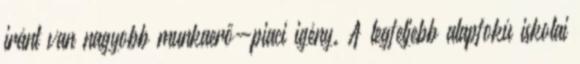
iránt van nagyobb munkaerő-piaci igény. A legfeljebb alapfokú iskolai